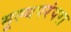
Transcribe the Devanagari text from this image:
मूल्यपरंपरा